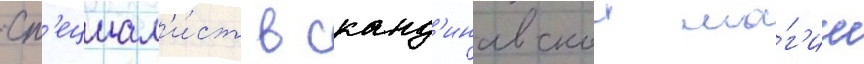
Сп'ециал'и́ст в сканд'инавскои ма́г'ии